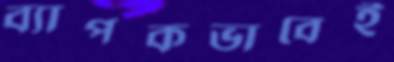
ব্যাপকভাবেই